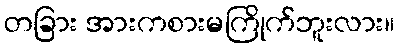
တခြား အားကစားမကြိုက်ဘူးလား။